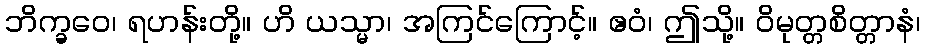
ဘိက္ခဝေ၊ ရဟန်းတို့။ ဟိ ယသ္မာ၊ အကြင်ကြောင့်။ ဧဝံ၊ ဤသို့။ ဝိမုတ္တစိတ္တာနံ၊